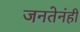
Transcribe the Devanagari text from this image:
जनतेनंही